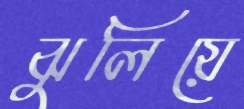
ঝুলিয়ে